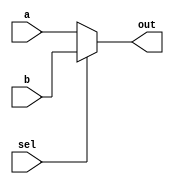
module top_module( 
    input [99:0] a, b,
    input sel,
    output [99:0] out );

    assign out = sel? b : a;

endmodule

/* HDL Solution

module top_module (
	input [99:0] a,
	input [99:0] b,
	input sel,
	output [99:0] out
);

	assign out = sel ? b : a;
	
	// The following doesn't work. Why?
	// assign out = (sel & b) | (~sel & a);
	
    // Because of vectors' size.
    // sel : 1 bit
    // a, b : [99:0]

endmodule

*/